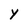
Character: Y